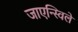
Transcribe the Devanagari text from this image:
जाएन्स्विले